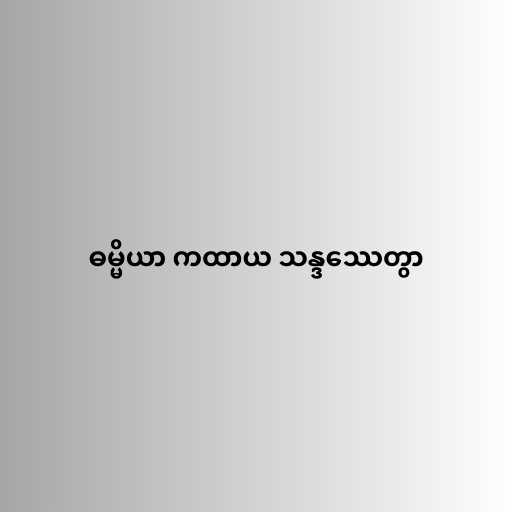
ဓမ္မိယာ ကထာယ သန္ဒဿေတွာ